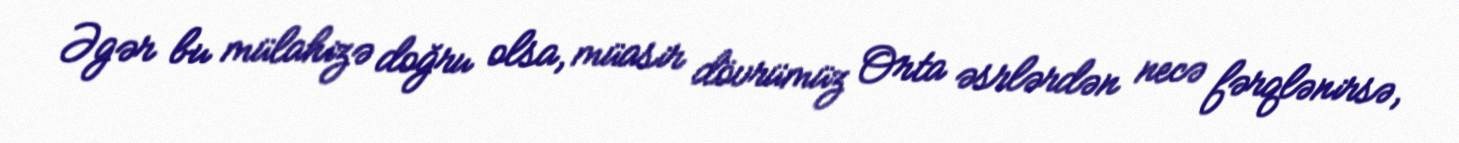
Əgər bu mülahizə doğru olsa, müasir dövrümüz Orta əsrlərdən necə fərqlənirsə,